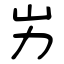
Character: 屴